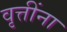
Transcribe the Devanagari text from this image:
वृत्तींना